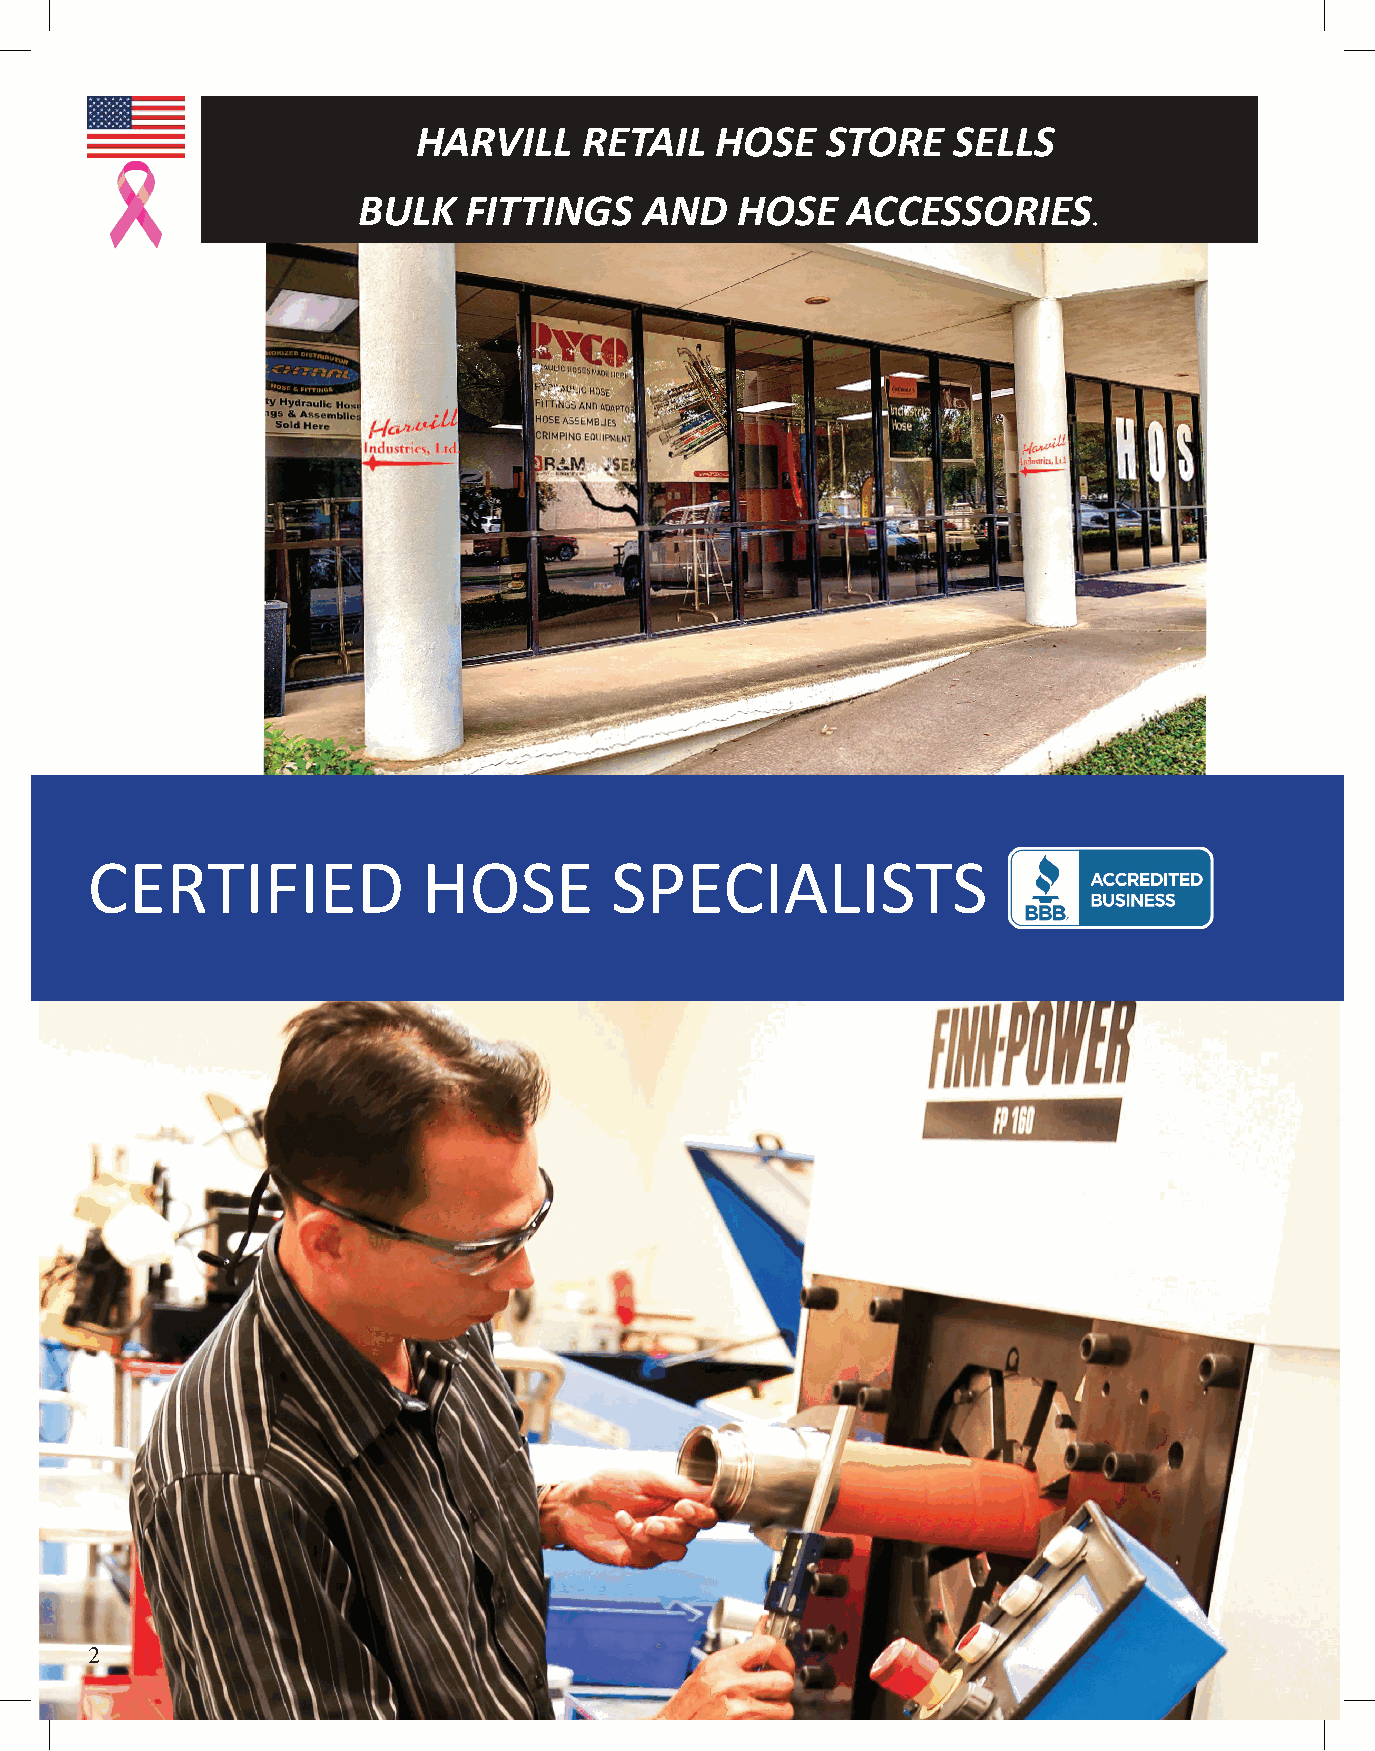
HARVILL    RETAIL  HOSE    STORE   SELLS
 BULK   FITTINGS    AND   HOSE   ACCESSORIES.
 CERTIFIED             HOSE        SPECIALISTS
 2